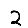
Digit: 2